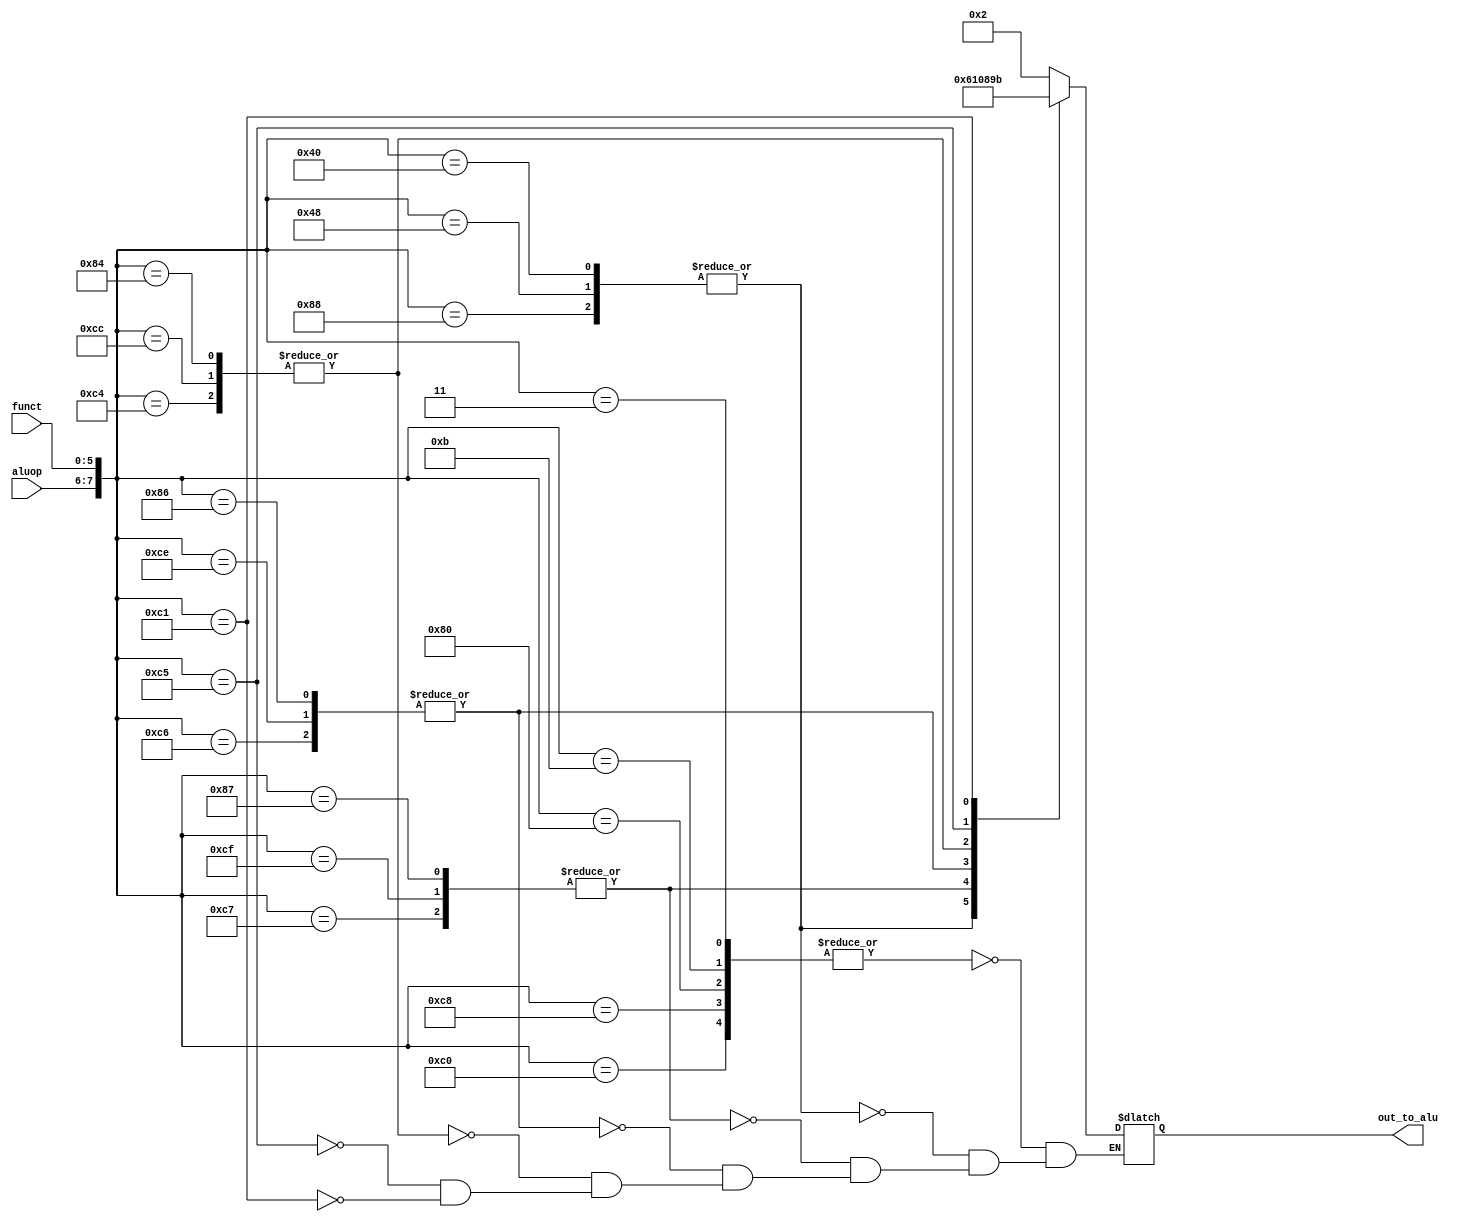
// async control to generate alu input signal
// input: 2-bit alu_mem_write control signal and 6-bit funct field from instruction
// output: 4-bit alu control input
module alucontrol (aluop, funct,out_to_alu );
	input [1:0] aluop;
//	input [31:0] in_a, in_b;
	input [5:0] funct;
	
	output reg [3:0] out_to_alu;
	wire [31:0]alu_out;
	wire zero;
	wire [7:0] teststring;
	assign teststring = {aluop, funct};

//	assign out_to_alu[3]=(~funct[1]&funct[0])|(funct[2]&~funct[1]);
//	assign out_to_alu[2]= (~aluop[1]&~funct[1])|(~aluop[0]&~funct[1]&funct[3]);
//	assign out_to_alu[1]= ~funct[2]|(~funct[1]&funct[0]&funct[3]);
//	assign out_to_alu[0]= (funct[1]&~funct[0])|(~funct[1]&funct[0]&~funct[3]);
	
	always @(teststring) begin
    
    case (teststring)
        // add
        8'b00000011,8'b00001011 , 8'b10000000, 8'b11001000, 8'b11000000: begin
		  
			out_to_alu = 4'b0010;

        end
        
        8'b01000000,8'b01001000 , 8'b10001000: begin
		  
			out_to_alu = 4'b0110;

        end
		  
        8'b10000111,8'b11001111 , 8'b11000111: begin
		  
			out_to_alu = 4'b0001;

        end
        8'b10000110,8'b11001110 , 8'b11000110: begin
		  
			out_to_alu = 4'b0000;

        end
        8'b10000100,8'b11001100 , 8'b11000100: begin
		  
			out_to_alu = 4'b1000;


        end
        8'b11000101: begin
		  
			out_to_alu = 4'b1001;

        end
        8'b11000001: begin
		  
			out_to_alu = 4'b1011;

        end

    endcase
	 


end
	
	
		
endmodule